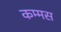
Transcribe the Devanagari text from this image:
कम्मस